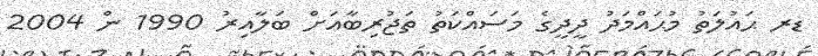
ޑރ ޙައުލަތު މުޙައްމަދު ދީދީގެ މަސައްކަތު ތަޖުރިބާއަށް ބަލާއިރު 1990 ން 2004